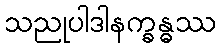
သညုပါဒါနက္ခန္ဓဿ